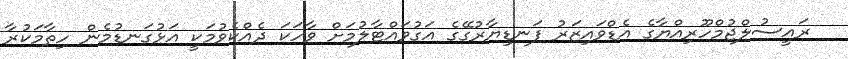
ރައީސުލްޖުމްހޫރިއްޔާގެ އެޑްވައިޒަރު ފަނޑިޔާރުގޭގެ އަގުވައްޓާލުމަށް ވާހަކަ ދެއްކެވުމަކީ އަޅުގަނޑުމެން ހިތާމަކުރާ